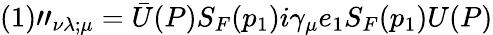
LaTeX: (1)"_{\nu\lambda;\mu}={\bar{U}}(P)S_{F}(p_{1})i\gamma_{\mu}e_{1}S_{F}(p_{1})U(P)